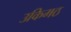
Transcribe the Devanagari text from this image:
उकिमठ